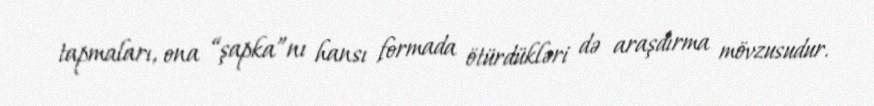
tapmaları, ona “şapka”nı hansı formada ötürdükləri də araşdırma mövzusudur.